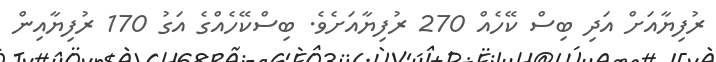
ރުފިޔާއަށް އަދި ބިސް ކޭހެއް 270 ރުފިޔާއަށެވެ. ބިސްކޭހެއްގެ އަގު 170 ރުފިޔާއިން